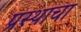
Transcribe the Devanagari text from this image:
प्रस्थाचा